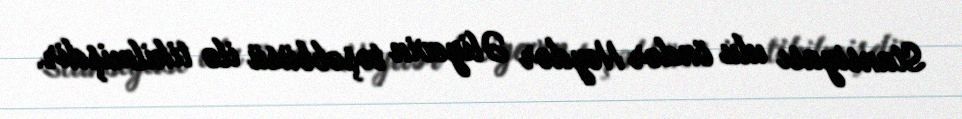
Stansiyası ulu öndər Heydər Əliyevin təşəbbüsü ilə tikilmişdir.